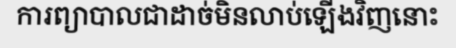
ការព្យាបាលជាដាច់មិនលាប់ឡើងវិញនោះ